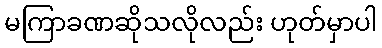
မကြာခဏဆိုသလိုလည်း ဟုတ်မှာပါ